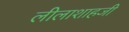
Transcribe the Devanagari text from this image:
लीलाशाहजी